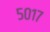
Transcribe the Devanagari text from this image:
५०१७